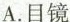
A.目镜